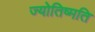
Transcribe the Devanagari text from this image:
ज्योतिष्मति